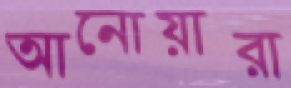
আনোয়ারা